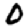
Digit: 0